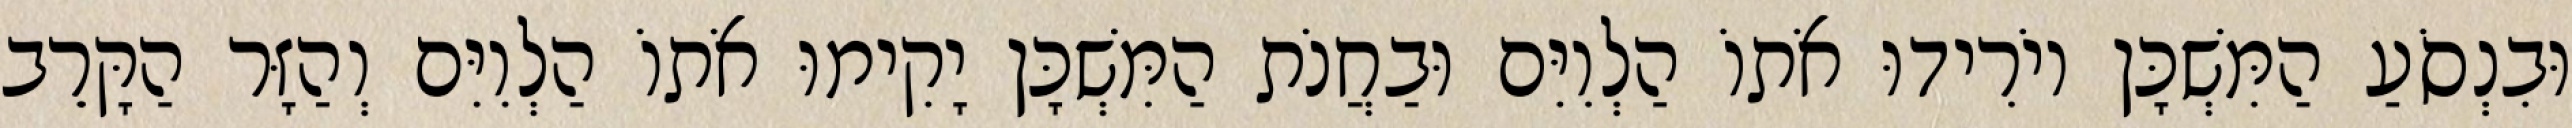
וּבִנְסֹעַ הַמִּשְׁכָּן יוֹרִידוּ אֹתוֹ הַלְוִיִּם וּבַחֲנֹת הַמִּשְׁכָּן יָקִימוּ אֹתוֹ הַלְוִיִּם וְהַזָּר הַקָּרֵב